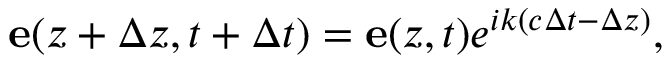
\mathbf { e } ( z + \Delta z , t + \Delta t ) = \mathbf { e } ( z , t ) e ^ { i k ( c \Delta t - \Delta z ) } ,